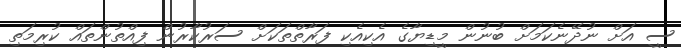
ސީ އަށް ނުދޭނެކަމަށް ބުނުން މީޑިޔާގެ އެކިއެކި ފަރާތްތަކަށް ސަރުކާރުން ފިއްތުންތައް ކުރިމަތި